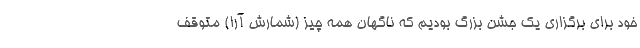
خود برای برگزاری یک جشن بزرگ بودیم که ناگهان همه چیز (شمارش آرا) متوقف